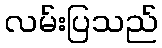
လမ်းပြသည်